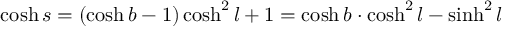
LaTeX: \cosh s = ( \cosh b - 1 ) \cosh ^ { 2 } l + 1 = \cosh b \cdot \cosh ^ { 2 } l - \sinh ^ { 2 } l